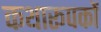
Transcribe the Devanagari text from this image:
कथारूपकों